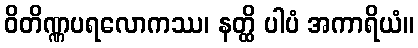
ဝိတိဏ္ဏပရလောကဿ၊ နတ္ထိ ပါပံ အကာရိယံ။